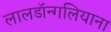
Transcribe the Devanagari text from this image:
लालडॉन्गलियाना